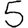
Digit: 5